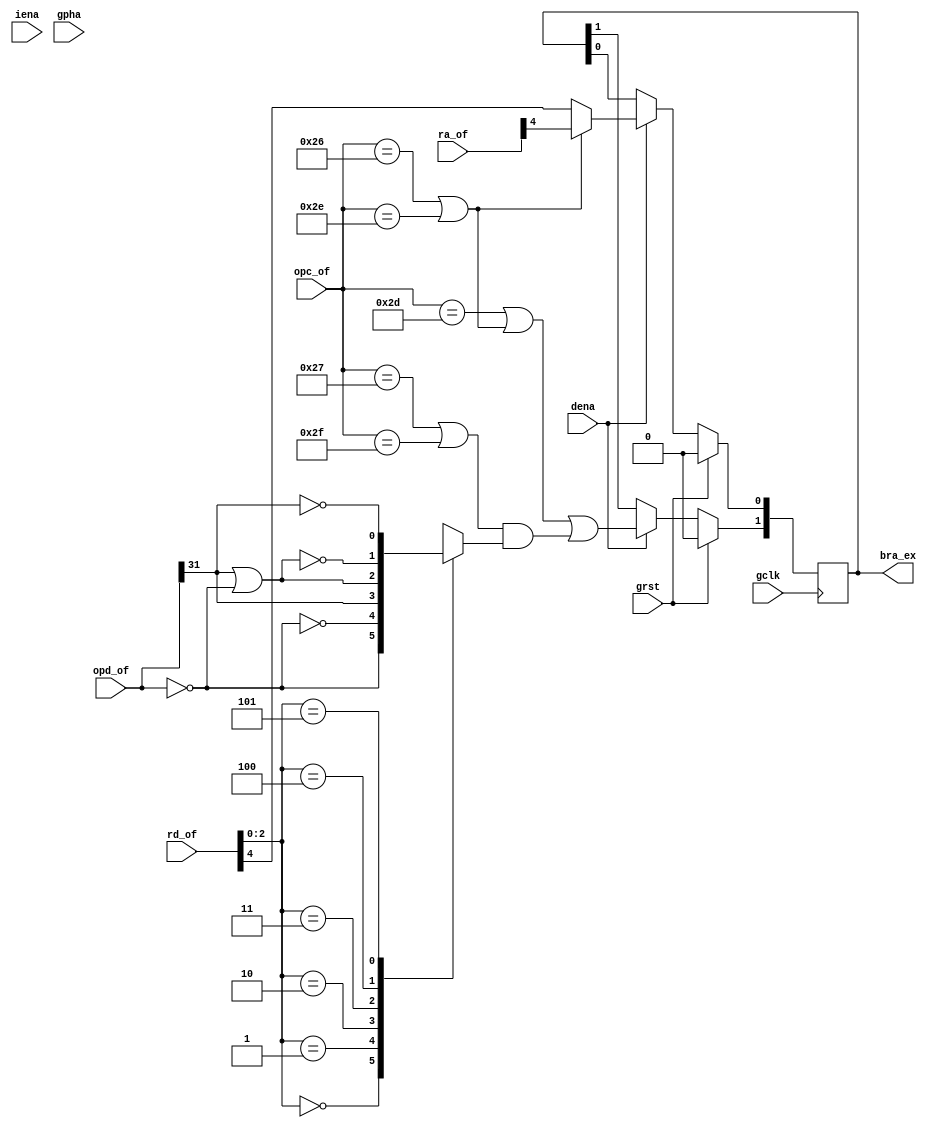
/* $Id: aeMB2_brcc.v,v 1.3 2008-04-26 01:09:05 sybreon Exp $
**
** AEMB2 EDK 6.2 COMPATIBLE CORE
** Copyright (C) 2004-2008 Shawn Tan <shawn.tan@aeste.net>
**  
** This file is part of AEMB.
**
** AEMB is free software: you can redistribute it and/or modify it
** under the terms of the GNU Lesser General Public License as
** published by the Free Software Foundation, either version 3 of the
** License, or (at your option) any later version.
**
** AEMB is distributed in the hope that it will be useful, but WITHOUT
** ANY WARRANTY; without even the implied warranty of MERCHANTABILITY
** or FITNESS FOR A PARTICULAR PURPOSE.  See the GNU Lesser General
** Public License for more details.
**
** You should have received a copy of the GNU Lesser General Public
** License along with AEMB. If not, see <http:**www.gnu.org/licenses/>.
*/
/**
 * Branch Condition Checker
 * @file aeMB2_brcc.v
 
 * This controls the decision to branch/delay. The actualy branch
   target is calculated in the ALU.
 
 */
`timescale  1ns/1ps
module aeMB2_brcc (/*AUTOARG*/
   // Outputs
   bra_ex,
   // Inputs
   opd_of, ra_of, rd_of, opc_of, gclk, grst, dena, iena, gpha
   );
   parameter AEMB_HTX = 1;   
   
   input [31:0] opd_of;   
   input [4:0] 	ra_of;
   input [4:0] 	rd_of;
   input [5:0] 	opc_of;   

   output [1:0] bra_ex;
   
   // SYS signals
   input 	gclk,
		grst,
		dena,
		iena,
		gpha;      

   /*AUTOREG*/
   // Beginning of automatic regs (for this module's undeclared outputs)
   reg [1:0]		bra_ex;
   // End of automatics
   
   // TODO: replace comparators with logic
   
   /* Branch Control */
   wire 	wRTD = (opc_of == 6'o55);
   wire 	wBCC = (opc_of == 6'o47) | (opc_of == 6'o57);
   wire 	wBRU = (opc_of == 6'o46) | (opc_of == 6'o56);
   
   wire 	wBEQ = (opd_of == 32'd0);
   wire 	wBLT = opd_of[31];
   wire 	wBLE = wBLT | wBEQ;   
   wire 	wBNE = ~wBEQ;
   wire 	wBGE = ~wBLT;
   wire 	wBGT = ~wBLE;   
   
   reg 		 xcc;
   
   always @(/*AUTOSENSE*/rd_of or wBEQ or wBGE or wBGT or wBLE or wBLT
	    or wBNE) begin
      case (rd_of[2:0])
	3'o0: xcc <= wBEQ;
	3'o1: xcc <= wBNE;
	3'o2: xcc <= wBLT;
	3'o3: xcc <= wBLE;
	3'o4: xcc <= wBGT;
	3'o5: xcc <= wBGE;
	default: xcc <= 1'bX;
      endcase // case (rd_of[2:0])
   end // always @ (...
   
   always @(posedge gclk)
     if (grst) begin
	/*AUTORESET*/
	// Beginning of autoreset for uninitialized flops
	bra_ex <= 2'h0;
	// End of automatics
     end else if (dena) begin
	bra_ex[1] <= #1 (wRTD | wBRU | (wBCC & xcc)); // branch
	bra_ex[0] <= #1 (wBRU) ? ra_of[4] : rd_of[4]; // delay	
     end
      
endmodule // aeMB2_brcc

/*
 $Log: not supported by cvs2svn $
 Revision 1.2  2008/04/20 16:34:32  sybreon
 Basic version with some features left out.

 Revision 1.1  2008/04/18 00:21:52  sybreon
 Initial import.
*/